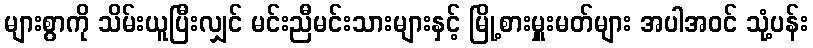
များစွာကို သိမ်းယူပြီးလျှင် မင်းညီမင်းသားများနှင့် မြို့စားမှူးမတ်များ အပါအဝင် သုံ့ပန်း